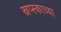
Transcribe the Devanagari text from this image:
स्रप्स्काच्या